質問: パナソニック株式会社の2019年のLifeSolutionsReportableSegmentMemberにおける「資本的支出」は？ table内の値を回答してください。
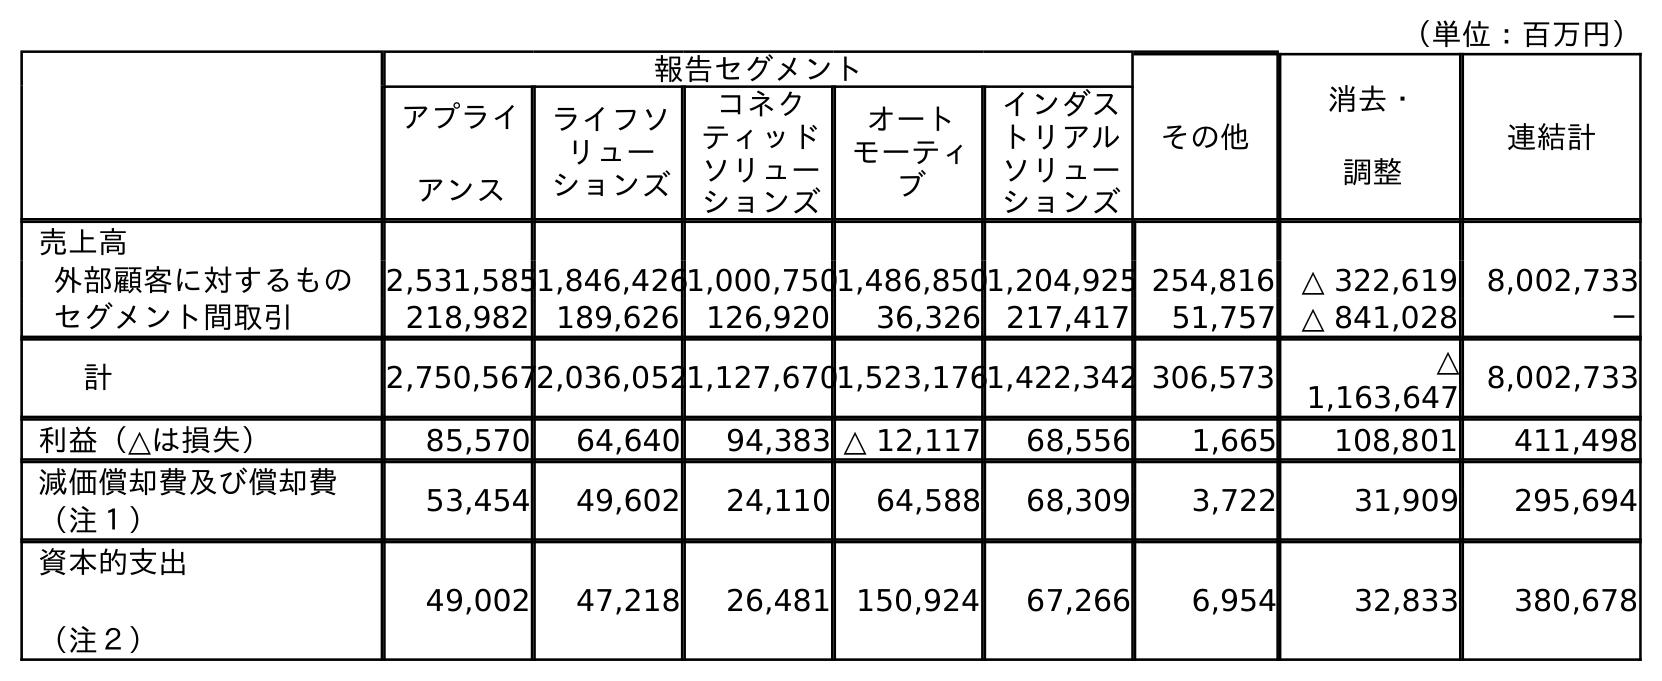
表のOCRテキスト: （単位：百万円） 報告セグメント その他 消去・ 調整 連結計 アプライ アンス ライフソ リュー ションズ コネク ティッド ソリュー ションズ オート モーティ ブ インダス トリアル ソリュー ションズ 売上高 外部顧客に対するもの 2,531,5851,846,4261,000,7501,486,8501,204,925 254,816 △ 322,619 8,002,733 セグメント間取引 218,982 189,626 126,920 36,326 217,417 51,757 △ 841,028 － 計 2,750,5672,036,0521,127,6701,523,1761,422,342 306,573 △ 1,163,647 8,002,733 利益（△は損失） 85,570 64,640 94,383 △ 12,117 68,556 1,665 108,801 411,498 減価償却費及び償却費 （注１） 53,454 49,602 24,110 64,588 68,309 3,722 31,909 295,694 資本的支出 （注２） 49,002 47,218 26,481 150,924 67,266 6,954 32,833 380,678
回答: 47,218